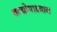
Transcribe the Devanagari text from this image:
वन्द्योपाध्याय